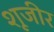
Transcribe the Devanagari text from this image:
शूजीर